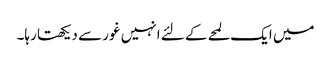
میں ایک لمحے کے لئے انہیں غور سے دیکھتا رہا۔